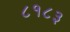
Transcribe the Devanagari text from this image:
८१८३